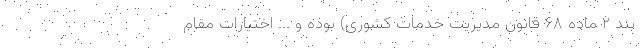
بند ۲ ماده ۶۸ قانون مدیریت خدمات کشوری) بوده و ... اختیارات مقام